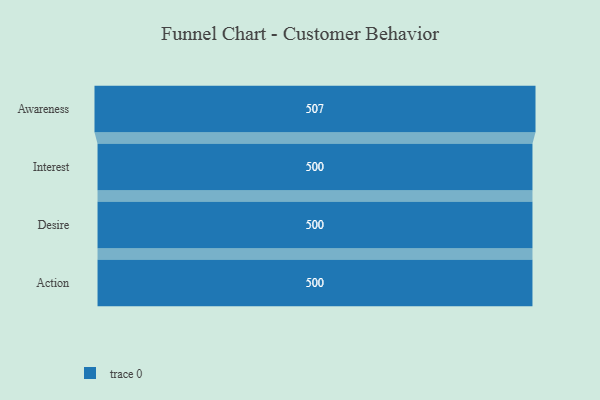
{"axis": {"x": "Stage", "y": "Value"}, "legend": [""], "data": [{"x": "Awareness", "y": 507.0, "type": ""}, {"x": "Interest", "y": 500, "type": ""}, {"x": "Desire", "y": 500, "type": ""}, {"x": "Action", "y": 500, "type": ""}]}